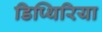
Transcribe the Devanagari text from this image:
डिप्थिरिया